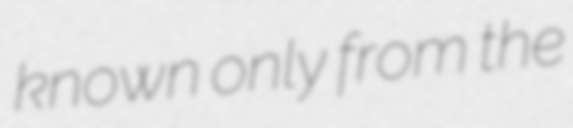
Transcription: known only from the